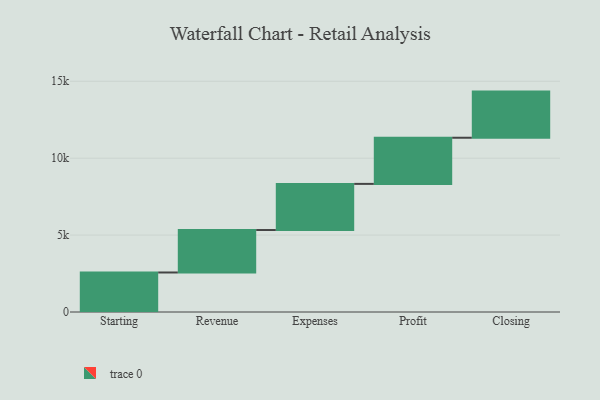
{"axis": {"x": "Step", "y": "Value"}, "legend": [""], "data": [{"x": "Starting", "y": 2569.0, "type": ""}, {"x": "Revenue", "y": 2760.0, "type": ""}, {"x": "Expenses", "y": 3000, "type": ""}, {"x": "Profit", "y": 3000, "type": ""}, {"x": "Closing", "y": 3000, "type": ""}]}